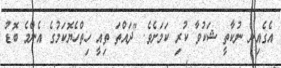
އެގެއިން ނުކާތީ ޝަކުވާ ކުރި ކަމަށެވެ. "ދައްތަ ތިއީ ހިތްހެޔޮކަމުގެ އެންމެ ބޮޑު